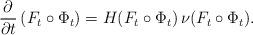
LaTeX: \begin{align*}\frac{\partial}{\partial t} \left(F_t \circ \Phi_t\right) = H(F_t \circ \Phi_t) \,\nu(F_t \circ \Phi_t).\end{align*}